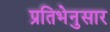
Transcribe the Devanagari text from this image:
प्रतिभेनुसार